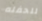
للحفله